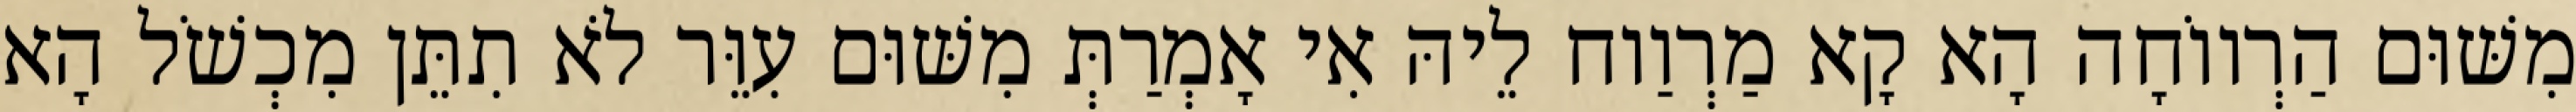
מִשּׁוּם הַרְווֹחָה הָא קָא מַרְוַוח לֵיהּ אִי אָמְרַתְּ מִשּׁוּם עִוֵּר לֹא תִתֵּן מִכְשֹׁל הָא